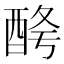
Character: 𨠱